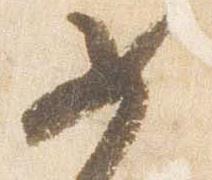
女